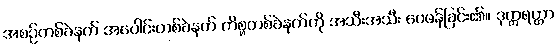
အစဉ်တစ်ခဲနက် အပေါင်းတစ်ခဲနက် ကိစ္စတစ်ခဲနက်ကို အသီးအသီး ဝေဖန်ခြင်း၏။ ဒုက္ကရတ္တာ